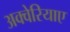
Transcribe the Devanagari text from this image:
अक्वेरियाए